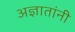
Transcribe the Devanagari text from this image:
अज्ञातांनी